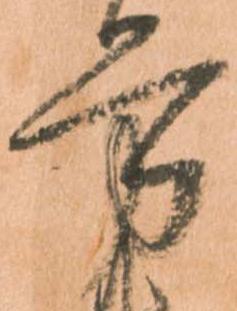
労